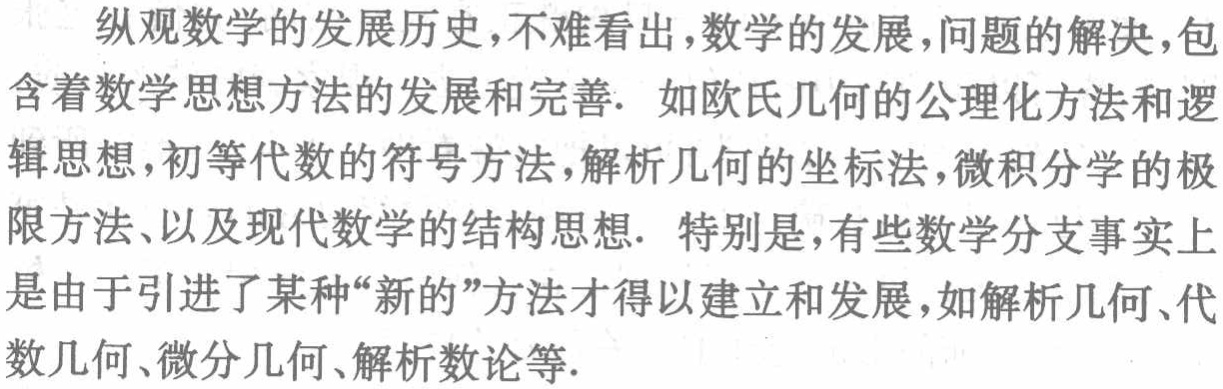
纵观数学的发展历史,不难看出,数学的发展,问题的解决,包含着数学思想方法的发展和完善. 如欧氏几何的公理化方法和逻辑思想,初等代数的符号方法,解析几何的坐标法,微积分学的极限方法、以及现代数学的结构思想. 特别是,有些数学分支事实上是由于引进了某种“新的”方法才得以建立和发展,如解析几何、代数几何、微分几何、解析数论等.